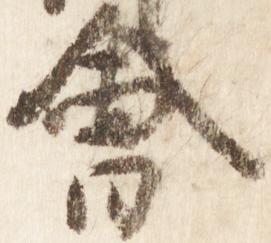
会